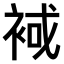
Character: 𧚑